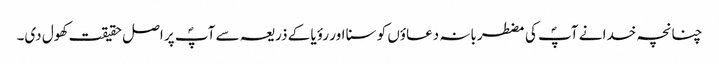
چنانچہ خدا نے آپؐ کی مضطربانہ دعاؤں کو سنا اور رؤیا کے ذریعہ سے آپؐ پر اصل حقیقت کھول دی۔